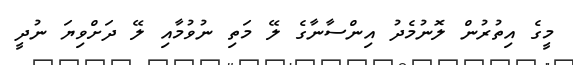
މީގެ އިތުރުން ލޮނުމެދު އިންސާނާގެ ލޭ މަތި ނުވުމާއި ލޭ ދަށްވިޔަ ނުދީ